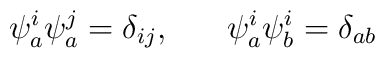
\psi_a^i \psi_a^j = \delta_{ij}, \; \; \; \; \; \; \psi_a^i \psi_b^i = \delta_{ab}